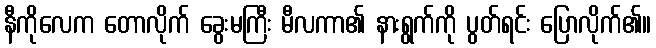
နီကိုလေက တောလိုက် ခွေးမကြီး မီလကာ၏ နားရွက်ကို ပွတ်ရင်း ပြောလိုက်၏။